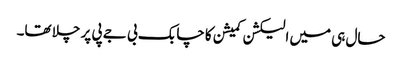
حال ہی میں الیکشن کمیشن کا چابک بی جے پی پر چلا تھا۔